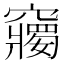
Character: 𥨲